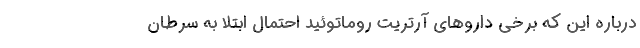
درباره این که برخی داروهای آرتریت روماتوئید احتمال ابتلا به سرطان